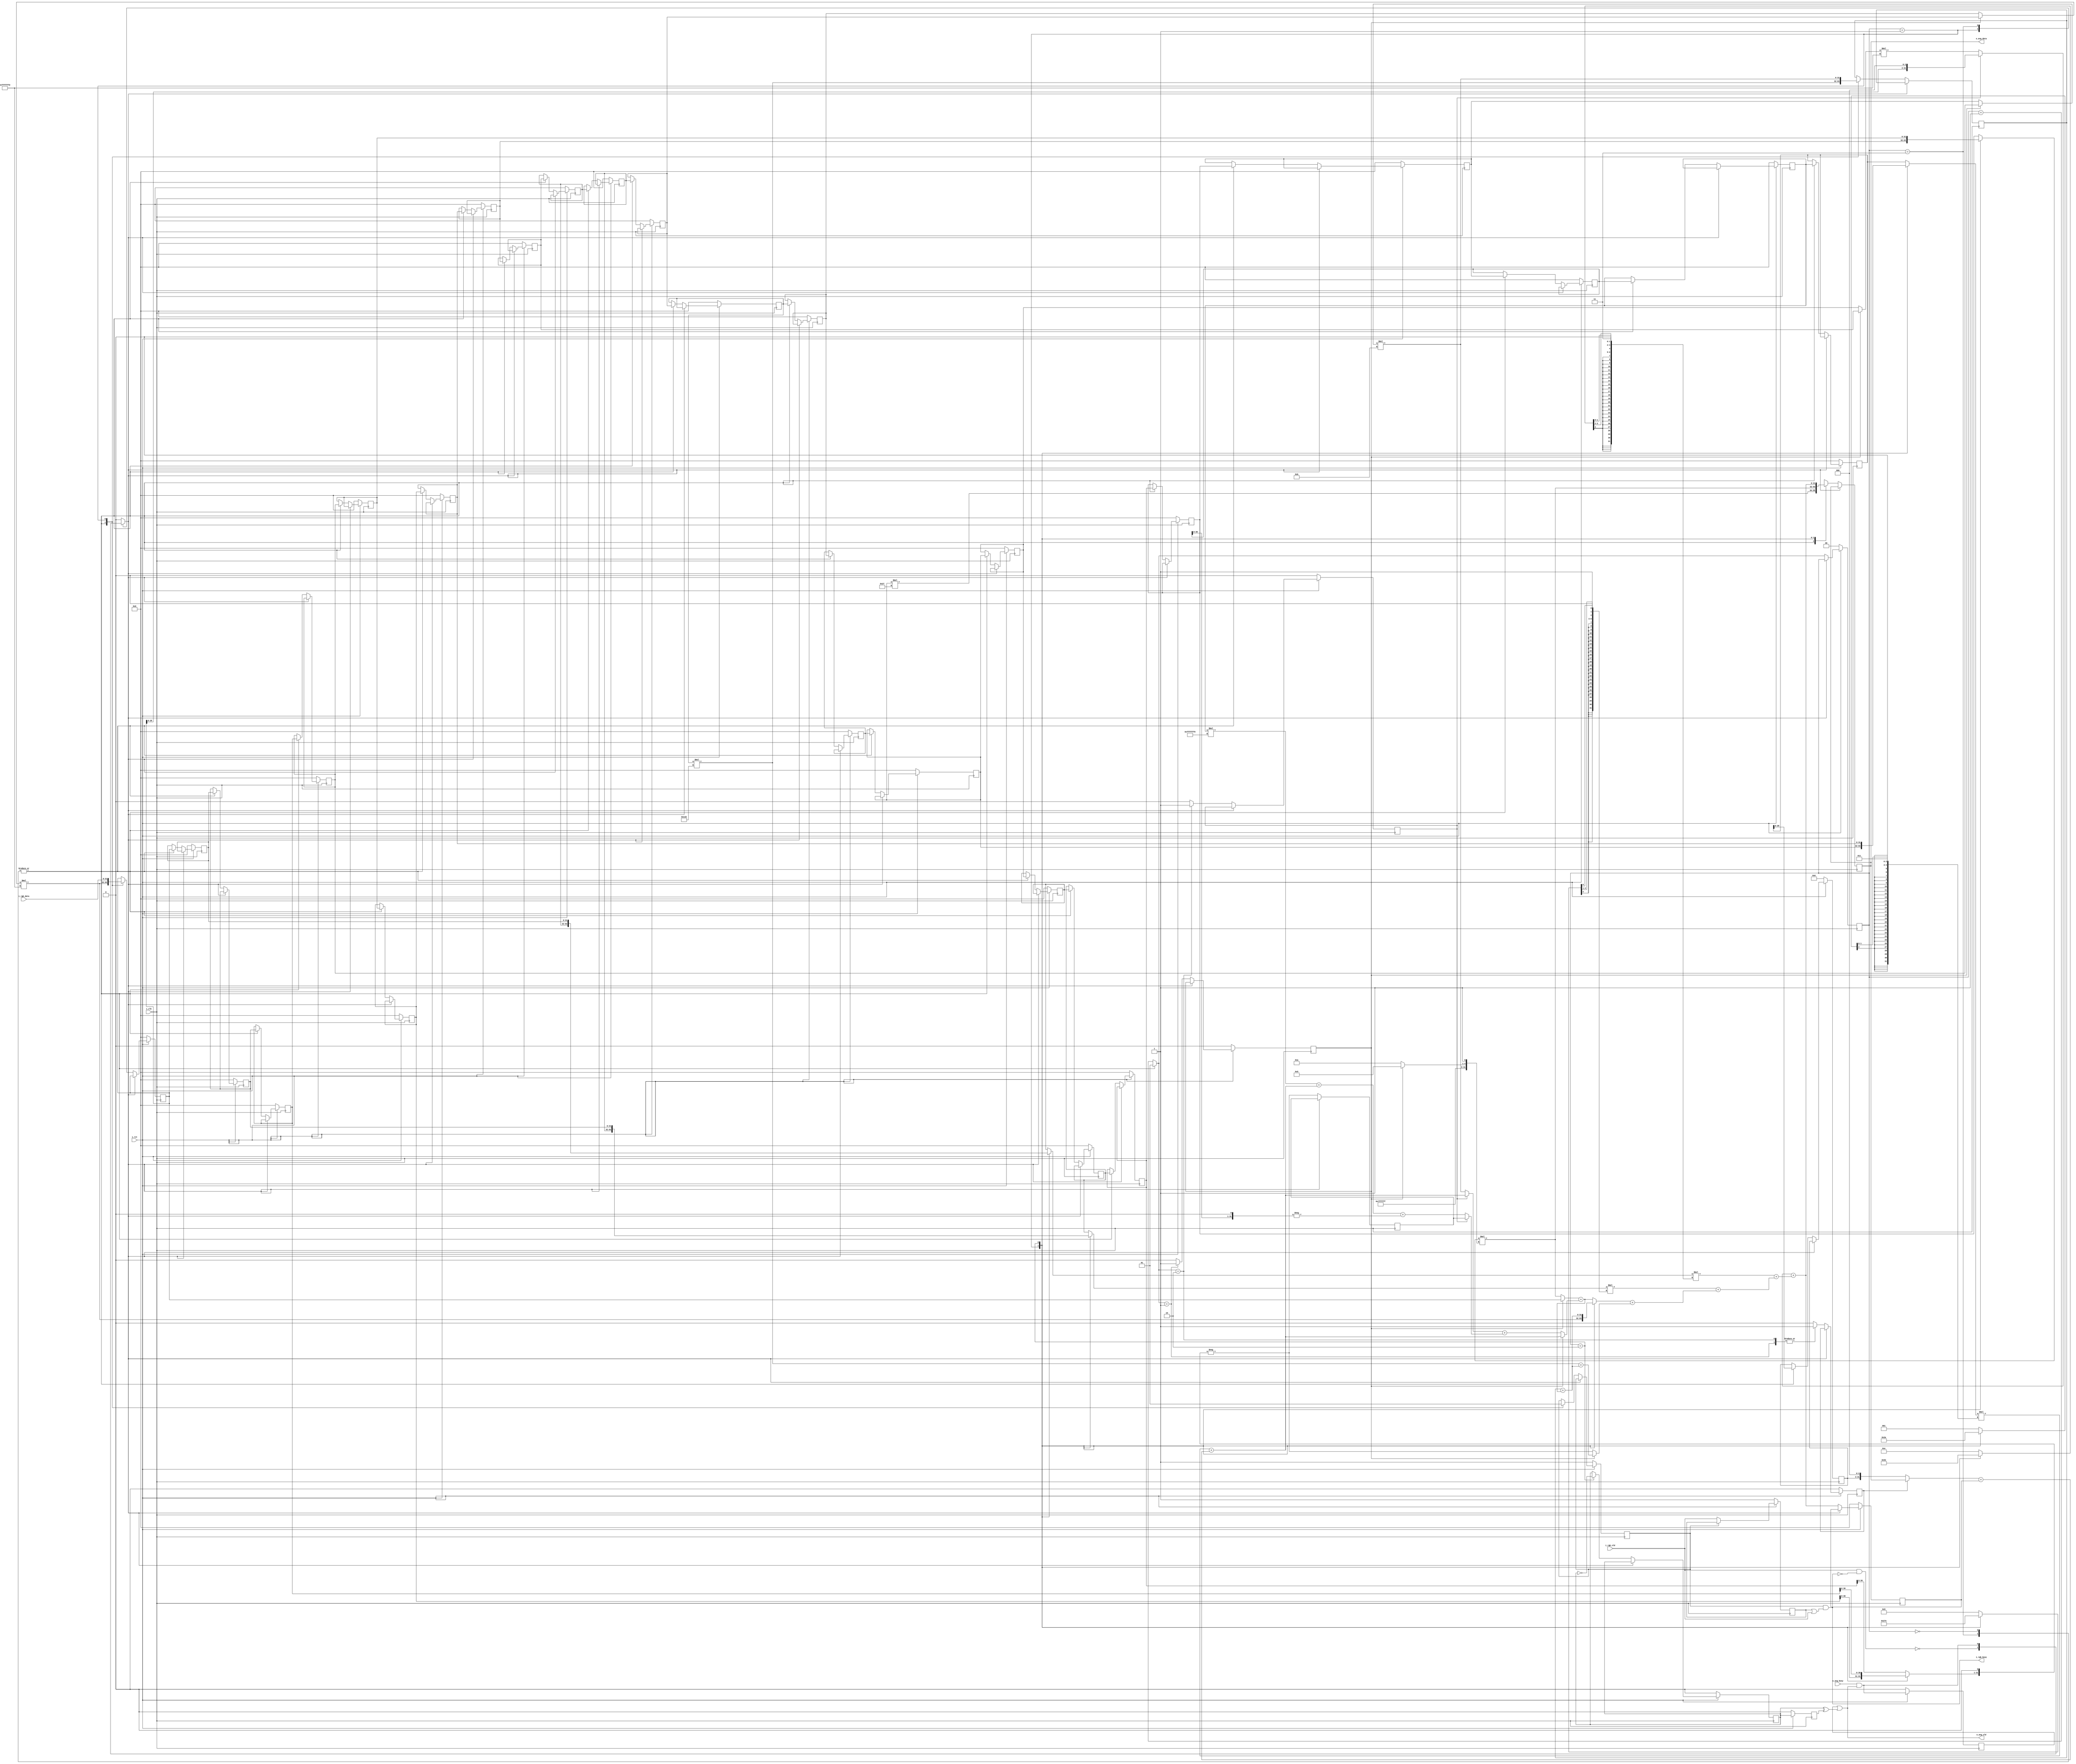
// Generated by stratus_hls 21.20-p100  (96289.240513)
// Tue May 30 22:05:15 2023
// from ../SobelFilter.cpp

`timescale 1ps / 1ps


module SobelFilter( i_clk, i_rst, i_rgb_busy, i_rgb_vld, i_rgb_data, o_avg_busy, o_avg_vld, o_avg_data );

    input i_clk;
    input i_rst;
    input i_rgb_vld;
    input [31:0] i_rgb_data;
    input o_avg_busy;
    output i_rgb_busy;
    output o_avg_vld;
    output [31:0] o_avg_data;
    reg [31:0] o_avg_data;
    reg o_avg_m_req_m_prev_trig_req;
    reg o_avg_m_unacked_req;
    wire SobelFilter_Xor_1Ux1U_1U_1_1_out1;
    wire SobelFilter_Or_1Ux1U_1U_4_2_out1;
    reg SobelFilter_N_Muxb_1_2_0_4_4_out1;
    reg i_rgb_m_unvalidated_req;
    wire SobelFilter_gen_busy_r_4_62_gnew_req;
    wire SobelFilter_gen_busy_r_4_62_gdiv;
    wire SobelFilter_gen_busy_r_4_62_i_rgb_gen_busy_i_rgb_m_data_is_invalid_next;
    reg[1:0] global_state_next;
    /*signed*/reg[31:0] SobelFilter_Mul_32Sx3S_32S_4_26_in2;
    reg[31:0] SobelFilter_Add_32Ux32U_32U_1_24_in2;
    /*signed*/wire[31:0] SobelFilter_Mul_32Sx3S_32S_4_23_out1;
    /*signed*/reg[31:0] SobelFilter_Mul_32Sx3S_32S_4_23_in2;
    wire[31:0] SobelFilter_Add_32Ux32U_32U_1_22_out1;
    /*signed*/wire[31:0] SobelFilter_Mul_32Sx7S_32S_4_21_out1;
    /*signed*/reg[3:0] SobelFilter_Mul_32Sx7S_32S_4_21_in1_slice;
    /*signed*/reg[31:0] SobelFilter_Mul_32Sx7S_32S_4_21_in2;
    wire[31:0] SobelFilter_Add_32Ux32U_32U_1_20_out1;
    /*signed*/wire[31:0] SobelFilter_Mul_32Sx7S_32S_4_19_out1;
    /*signed*/reg[4:0] SobelFilter_Mul_32Sx7S_32S_4_19_in1_slice;
    /*signed*/reg[31:0] SobelFilter_Mul_32Sx7S_32S_4_19_in2;
    wire[31:0] SobelFilter_Add_32Ux32U_32U_4_18_out1;
    reg[31:0] SobelFilter_Add_32Ux32U_32U_4_18_in1;
    wire[31:0] SobelFilter_Add_32Ux32U_32U_4_34_out1;
    reg[31:0] SobelFilter_Add_32Ux32U_32U_4_18_in2;
    wire[31:0] SobelFilter_Add_32Ux32U_32U_4_32_out1;
    wire[31:0] SobelFilter_Add_32Ux32U_32U_4_31_out1;
    reg[31:0] SobelFilter_Add_32Ux32U_32U_4_31_in1;
    reg[31:0] SobelFilter_Add_32Ux32U_32U_4_31_in2;
    /*signed*/reg[30:0] SobelFilter_Minus_32S_32S_4_16_in1_slice;
    /*signed*/reg[3:0] SobelFilter_Mul_32Sx6S_32S_4_15_in1_slice;
    /*signed*/reg[31:0] SobelFilter_Mul_32Sx6S_32S_4_15_in2;
    wire[31:0] SobelFilter_Add_32Ux32U_32U_4_14_out1;
    reg[31:0] SobelFilter_Add_32Ux32U_32U_4_14_in1;
    reg[31:0] SobelFilter_Add_32Ux32U_32U_4_14_in2;
    reg gs_ctrl_do_filter_h4;
    /*signed*/reg[31:0] SobelFilter_Mul_32Sx4U_32S_4_13_in2;
    reg gs_ctrl_do_filter_h2;
    wire[31:0] SobelFilter_Add_32Ux32U_32U_4_12_out1;
    wire[31:0] SobelFilter_Add_32Ux32U_32U_4_11_out1;
    /*signed*/wire[31:0] SobelFilter_Minus_32S_32S_4_10_out1;
    /*signed*/wire[31:0] SobelFilter_Minus_32S_32S_4_10_in1;
    /*signed*/wire[31:0] SobelFilter_Mul_32Sx4S_32S_4_9_out1;
    wire[31:0] SobelFilter_Add_32Ux32U_32U_4_8_out1;
    /*signed*/wire[31:0] SobelFilter_Mul_32Sx7S_32S_4_7_out1;
    /*signed*/reg[2:0] SobelFilter_Mul_32Sx7S_32S_4_7_in1_slice;
    /*signed*/reg[31:0] SobelFilter_Mul_32Sx7S_32S_4_7_in2;
    wire[31:0] SobelFilter_Add_32Ux32U_32U_4_6_out1;
    reg[31:0] SobelFilter_Add_32Ux32U_32U_4_6_in2;
    reg gs_ctrl_do_filter_h6;
    reg[31:0] s_reg_9;
    reg[31:0] s_reg_8;
    /*signed*/wire[31:0] SobelFilter_Minus_32S_32S_4_16_out1;
    reg[31:0] s_reg_66;
    reg[28:0] s_reg_6_slice;
    reg[31:0] s_reg_7;
    reg[31:0] s_reg_5;
    /*signed*/wire[31:0] SobelFilter_Mul_32Sx4U_32S_4_13_out1;
    /*signed*/wire[31:0] SobelFilter_Mul_32Sx9U_32S_4_27_out1;
    reg[31:0] s_reg_49;
    reg[31:0] s_reg_4;
    /*signed*/wire[31:0] SobelFilter_Mul_32Sx3S_32S_4_26_out1;
    reg[31:0] s_reg_31;
    reg[31:0] s_reg_30;
    reg[31:0] s_reg_29;
    reg[31:0] s_reg_28;
    reg[31:0] s_reg_27;
    reg[31:0] s_reg_26;
    reg[31:0] s_reg_25;
    reg[31:0] s_reg_24;
    reg[31:0] s_reg_23;
    reg[31:0] s_reg_22;
    reg[31:0] s_reg_21;
    reg[31:0] s_reg_20;
    reg[31:0] s_reg_19;
    reg[31:0] s_reg_18;
    reg[31:0] s_reg_17;
    reg[31:0] s_reg_16;
    reg[31:0] s_reg_15;
    reg[31:0] s_reg_14;
    reg[31:0] s_reg_13;
    reg[31:0] s_reg_12;
    reg[31:0] s_reg_11;
    reg[31:0] s_reg_10;
    wire SobelFilter_And_1Ux1U_1U_4_60_out1;
    wire[2:0] SobelFilter_gen_busy_r_4_62_out1;
    wire SobelFilter_Not_1U_1U_1_3_out1;
    reg o_avg_m_req_m_trig_req;
    reg i_rgb_m_busy_req_0;
    wire[31:0] SobelFilter_Add_32Ux32U_32U_1_24_out1;
    /*signed*/wire[31:0] SobelFilter_Mul_32Sx6S_32S_4_15_out1;
    /*signed*/wire[31:0] SobelFilter_Mul_32Sx6U_32S_4_25_out1;
    reg[1:0] global_state;
    reg stall0;

    
    // resource: mux_32bx3i0c
    // resource: regr_en_32
    always @(posedge i_clk)
      begin : drive_o_avg_data
        case (stall0) 
          1'b1: 
            begin
            end
          default: 
            begin
              case (global_state) 
                2'd0, 2'd3: 
                  begin
                    o_avg_data <= SobelFilter_Mul_32Sx6U_32S_4_25_out1;
                  end
                2'd1: 
                  begin
                    o_avg_data <= SobelFilter_Mul_32Sx6S_32S_4_15_out1;
                  end
                2'd2: 
                  begin
                    o_avg_data <= SobelFilter_Add_32Ux32U_32U_1_24_out1;
                  end
              endcase
            end
        endcase
      end
    
    // resource: mux_1bx2i2c
    // resource: regr_en_ss_1
    always @(posedge i_clk)
      begin : drive_i_rgb_m_busy_req_0
        if (i_rst == 1'b0) 
          begin
            i_rgb_m_busy_req_0 <= 1'd1;
          end 
        else 
          begin
            case (stall0) 
              1'b1: 
                begin
                end
              default: 
                begin
                  case (global_state) 
                    2'd0, 2'd3: 
                      begin
                        i_rgb_m_busy_req_0 <= 1'd0;
                      end
                    2'd1: 
                      begin
                        i_rgb_m_busy_req_0 <= 1'd1;
                      end
                  endcase
                end
            endcase
          end
      end
    
    // resource: regr_en_sc_1
    always @(posedge i_clk)
      begin : drive_o_avg_m_req_m_trig_req
        if (i_rst == 1'b0) 
          begin
            o_avg_m_req_m_trig_req <= 1'd0;
          end 
        else 
          begin
            case (stall0) 
              1'b1: 
                begin
                end
              default: 
                begin
                  case (global_state) 
                    2'd2: 
                      begin
                        o_avg_m_req_m_trig_req <= SobelFilter_Not_1U_1U_1_3_out1;
                      end
                  endcase
                end
            endcase
          end
      end
    
    // resource: mux_1bx3i1c
    always @(SobelFilter_And_1Ux1U_1U_4_60_out1 or SobelFilter_gen_busy_r_4_62_out1[0] or global_state)
      begin : drive_stall0
        case (global_state) 
          2'd1: 
            begin
              stall0 = SobelFilter_gen_busy_r_4_62_out1[0];
            end
          2'd3: 
            begin
              stall0 = SobelFilter_And_1Ux1U_1U_4_60_out1;
            end
          default: 
            begin
              stall0 = 1'b0;
            end
        endcase
      end
    
    // resource: regr_en_sc_32
    always @(posedge i_clk)
      begin : drive_s_reg_10
        if (i_rst == 1'b0) 
          begin
            s_reg_10 <= 32'd0000000000;
          end 
        else 
          begin
            case (stall0) 
              1'b1: 
                begin
                end
              default: 
                begin
                  case (global_state) 
                    2'd0, 2'd3: 
                      begin
                        s_reg_10 <= s_reg_11;
                      end
                  endcase
                end
            endcase
          end
      end
    
    // resource: regr_en_sc_32
    always @(posedge i_clk)
      begin : drive_s_reg_11
        if (i_rst == 1'b0) 
          begin
            s_reg_11 <= 32'd0000000000;
          end 
        else 
          begin
            case (stall0) 
              1'b1: 
                begin
                end
              default: 
                begin
                  case (global_state) 
                    2'd0, 2'd3: 
                      begin
                        s_reg_11 <= s_reg_12;
                      end
                  endcase
                end
            endcase
          end
      end
    
    // resource: regr_en_sc_32
    always @(posedge i_clk)
      begin : drive_s_reg_12
        if (i_rst == 1'b0) 
          begin
            s_reg_12 <= 32'd0000000000;
          end 
        else 
          begin
            case (stall0) 
              1'b1: 
                begin
                end
              default: 
                begin
                  case (global_state) 
                    2'd0, 2'd3: 
                      begin
                        s_reg_12 <= s_reg_13;
                      end
                  endcase
                end
            endcase
          end
      end
    
    // resource: regr_en_sc_32
    always @(posedge i_clk)
      begin : drive_s_reg_13
        if (i_rst == 1'b0) 
          begin
            s_reg_13 <= 32'd0000000000;
          end 
        else 
          begin
            case (stall0) 
              1'b1: 
                begin
                end
              default: 
                begin
                  case (global_state) 
                    2'd0, 2'd3: 
                      begin
                        s_reg_13 <= s_reg_14;
                      end
                  endcase
                end
            endcase
          end
      end
    
    // resource: regr_en_sc_32
    always @(posedge i_clk)
      begin : drive_s_reg_14
        if (i_rst == 1'b0) 
          begin
            s_reg_14 <= 32'd0000000000;
          end 
        else 
          begin
            case (stall0) 
              1'b1: 
                begin
                end
              default: 
                begin
                  case (global_state) 
                    2'd0, 2'd3: 
                      begin
                        s_reg_14 <= s_reg_15;
                      end
                  endcase
                end
            endcase
          end
      end
    
    // resource: regr_en_sc_32
    always @(posedge i_clk)
      begin : drive_s_reg_15
        if (i_rst == 1'b0) 
          begin
            s_reg_15 <= 32'd0000000000;
          end 
        else 
          begin
            case (stall0) 
              1'b1: 
                begin
                end
              default: 
                begin
                  case (global_state) 
                    2'd0, 2'd3: 
                      begin
                        s_reg_15 <= s_reg_16;
                      end
                  endcase
                end
            endcase
          end
      end
    
    // resource: regr_en_sc_32
    always @(posedge i_clk)
      begin : drive_s_reg_16
        if (i_rst == 1'b0) 
          begin
            s_reg_16 <= 32'd0000000000;
          end 
        else 
          begin
            case (stall0) 
              1'b1: 
                begin
                end
              default: 
                begin
                  case (global_state) 
                    2'd0, 2'd3: 
                      begin
                        s_reg_16 <= s_reg_17;
                      end
                  endcase
                end
            endcase
          end
      end
    
    // resource: regr_en_sc_32
    always @(posedge i_clk)
      begin : drive_s_reg_17
        if (i_rst == 1'b0) 
          begin
            s_reg_17 <= 32'd0000000000;
          end 
        else 
          begin
            case (stall0) 
              1'b1: 
                begin
                end
              default: 
                begin
                  case (global_state) 
                    2'd0, 2'd3: 
                      begin
                        s_reg_17 <= s_reg_18;
                      end
                  endcase
                end
            endcase
          end
      end
    
    // resource: regr_en_sc_32
    always @(posedge i_clk)
      begin : drive_s_reg_18
        if (i_rst == 1'b0) 
          begin
            s_reg_18 <= 32'd0000000000;
          end 
        else 
          begin
            case (stall0) 
              1'b1: 
                begin
                end
              default: 
                begin
                  case (global_state) 
                    2'd0, 2'd3: 
                      begin
                        s_reg_18 <= s_reg_19;
                      end
                  endcase
                end
            endcase
          end
      end
    
    // resource: regr_en_sc_32
    always @(posedge i_clk)
      begin : drive_s_reg_19
        if (i_rst == 1'b0) 
          begin
            s_reg_19 <= 32'd0000000000;
          end 
        else 
          begin
            case (stall0) 
              1'b1: 
                begin
                end
              default: 
                begin
                  case (global_state) 
                    2'd0, 2'd3: 
                      begin
                        s_reg_19 <= s_reg_20;
                      end
                  endcase
                end
            endcase
          end
      end
    
    // resource: regr_en_sc_32
    always @(posedge i_clk)
      begin : drive_s_reg_20
        if (i_rst == 1'b0) 
          begin
            s_reg_20 <= 32'd0000000000;
          end 
        else 
          begin
            case (stall0) 
              1'b1: 
                begin
                end
              default: 
                begin
                  case (global_state) 
                    2'd0, 2'd3: 
                      begin
                        s_reg_20 <= s_reg_21;
                      end
                  endcase
                end
            endcase
          end
      end
    
    // resource: regr_en_sc_32
    always @(posedge i_clk)
      begin : drive_s_reg_21
        if (i_rst == 1'b0) 
          begin
            s_reg_21 <= 32'd0000000000;
          end 
        else 
          begin
            case (stall0) 
              1'b1: 
                begin
                end
              default: 
                begin
                  case (global_state) 
                    2'd0, 2'd3: 
                      begin
                        s_reg_21 <= s_reg_22;
                      end
                  endcase
                end
            endcase
          end
      end
    
    // resource: regr_en_sc_32
    always @(posedge i_clk)
      begin : drive_s_reg_22
        if (i_rst == 1'b0) 
          begin
            s_reg_22 <= 32'd0000000000;
          end 
        else 
          begin
            case (stall0) 
              1'b1: 
                begin
                end
              default: 
                begin
                  case (global_state) 
                    2'd0, 2'd3: 
                      begin
                        s_reg_22 <= s_reg_23;
                      end
                  endcase
                end
            endcase
          end
      end
    
    // resource: regr_en_sc_32
    always @(posedge i_clk)
      begin : drive_s_reg_23
        if (i_rst == 1'b0) 
          begin
            s_reg_23 <= 32'd0000000000;
          end 
        else 
          begin
            case (stall0) 
              1'b1: 
                begin
                end
              default: 
                begin
                  case (global_state) 
                    2'd0, 2'd3: 
                      begin
                        s_reg_23 <= s_reg_24;
                      end
                  endcase
                end
            endcase
          end
      end
    
    // resource: regr_en_sc_32
    always @(posedge i_clk)
      begin : drive_s_reg_24
        if (i_rst == 1'b0) 
          begin
            s_reg_24 <= 32'd0000000000;
          end 
        else 
          begin
            case (stall0) 
              1'b1: 
                begin
                end
              default: 
                begin
                  case (global_state) 
                    2'd0, 2'd3: 
                      begin
                        s_reg_24 <= s_reg_25;
                      end
                  endcase
                end
            endcase
          end
      end
    
    // resource: regr_en_sc_32
    always @(posedge i_clk)
      begin : drive_s_reg_25
        if (i_rst == 1'b0) 
          begin
            s_reg_25 <= 32'd0000000000;
          end 
        else 
          begin
            case (stall0) 
              1'b1: 
                begin
                end
              default: 
                begin
                  case (global_state) 
                    2'd0, 2'd3: 
                      begin
                        s_reg_25 <= s_reg_26;
                      end
                  endcase
                end
            endcase
          end
      end
    
    // resource: regr_en_sc_32
    always @(posedge i_clk)
      begin : drive_s_reg_26
        if (i_rst == 1'b0) 
          begin
            s_reg_26 <= 32'd0000000000;
          end 
        else 
          begin
            case (stall0) 
              1'b1: 
                begin
                end
              default: 
                begin
                  case (global_state) 
                    2'd0, 2'd3: 
                      begin
                        s_reg_26 <= s_reg_27;
                      end
                  endcase
                end
            endcase
          end
      end
    
    // resource: regr_en_sc_32
    always @(posedge i_clk)
      begin : drive_s_reg_27
        if (i_rst == 1'b0) 
          begin
            s_reg_27 <= 32'd0000000000;
          end 
        else 
          begin
            case (stall0) 
              1'b1: 
                begin
                end
              default: 
                begin
                  case (global_state) 
                    2'd0, 2'd3: 
                      begin
                        s_reg_27 <= s_reg_28;
                      end
                  endcase
                end
            endcase
          end
      end
    
    // resource: regr_en_sc_32
    always @(posedge i_clk)
      begin : drive_s_reg_28
        if (i_rst == 1'b0) 
          begin
            s_reg_28 <= 32'd0000000000;
          end 
        else 
          begin
            case (stall0) 
              1'b1: 
                begin
                end
              default: 
                begin
                  case (global_state) 
                    2'd0, 2'd3: 
                      begin
                        s_reg_28 <= s_reg_29;
                      end
                  endcase
                end
            endcase
          end
      end
    
    // resource: regr_en_sc_32
    always @(posedge i_clk)
      begin : drive_s_reg_29
        if (i_rst == 1'b0) 
          begin
            s_reg_29 <= 32'd0000000000;
          end 
        else 
          begin
            case (stall0) 
              1'b1: 
                begin
                end
              default: 
                begin
                  case (global_state) 
                    2'd0, 2'd3: 
                      begin
                        s_reg_29 <= s_reg_30;
                      end
                  endcase
                end
            endcase
          end
      end
    
    // resource: regr_en_sc_32
    always @(posedge i_clk)
      begin : drive_s_reg_30
        if (i_rst == 1'b0) 
          begin
            s_reg_30 <= 32'd0000000000;
          end 
        else 
          begin
            case (stall0) 
              1'b1: 
                begin
                end
              default: 
                begin
                  case (global_state) 
                    2'd0, 2'd3: 
                      begin
                        s_reg_30 <= s_reg_31;
                      end
                  endcase
                end
            endcase
          end
      end
    
    // resource: mux_32bx2i0c
    // resource: regr_en_sc_32
    always @(posedge i_clk)
      begin : drive_s_reg_31
        if (i_rst == 1'b0) 
          begin
            s_reg_31 <= 32'd0000000000;
          end 
        else 
          begin
            case (stall0) 
              1'b1: 
                begin
                end
              default: 
                begin
                  case (global_state) 
                    2'd0, 2'd3: 
                      begin
                        s_reg_31 <= SobelFilter_Mul_32Sx3S_32S_4_26_out1;
                      end
                    2'd1: 
                      begin
                        s_reg_31 <= i_rgb_data;
                      end
                  endcase
                end
            endcase
          end
      end
    
    // resource: regr_en_sc_32
    always @(posedge i_clk)
      begin : drive_s_reg_4
        if (i_rst == 1'b0) 
          begin
            s_reg_4 <= 32'd0000000000;
          end 
        else 
          begin
            case (stall0) 
              1'b1: 
                begin
                end
              default: 
                begin
                  s_reg_4 <= SobelFilter_Add_32Ux32U_32U_1_24_out1;
                end
            endcase
          end
      end
    
    // resource: mux_32bx2i0c
    // resource: regr_en_32
    always @(posedge i_clk)
      begin : drive_s_reg_49
        case (stall0) 
          1'b1: 
            begin
            end
          default: 
            begin
              case (global_state) 
                2'd0, 2'd3: 
                  begin
                    s_reg_49 <= SobelFilter_Mul_32Sx9U_32S_4_27_out1;
                  end
                2'd1: 
                  begin
                    s_reg_49 <= SobelFilter_Mul_32Sx4U_32S_4_13_out1;
                  end
              endcase
            end
        endcase
      end
    
    // resource: regr_en_sc_32
    always @(posedge i_clk)
      begin : drive_s_reg_5
        if (i_rst == 1'b0) 
          begin
            s_reg_5 <= 32'd0000000000;
          end 
        else 
          begin
            case (stall0) 
              1'b1: 
                begin
                end
              default: 
                begin
                  case (global_state) 
                    2'd0, 2'd3: 
                      begin
                        s_reg_5 <= s_reg_7;
                      end
                  endcase
                end
            endcase
          end
      end
    
    // resource: regr_en_sc_29
    always @(posedge i_clk)
      begin : drive_s_reg_6_slice
        if (i_rst == 1'b0) 
          begin
            s_reg_6_slice <= 29'd000000000;
          end 
        else 
          begin
            case (stall0) 
              1'b1: 
                begin
                end
              default: 
                begin
                  case (global_state) 
                    2'd0, 2'd3: 
                      begin
                        s_reg_6_slice <= s_reg_5[28:0];
                      end
                  endcase
                end
            endcase
          end
      end
    
    // resource: regr_en_32
    always @(posedge i_clk)
      begin : drive_s_reg_66
        case (stall0) 
          1'b1: 
            begin
            end
          default: 
            begin
              s_reg_66 <= SobelFilter_Minus_32S_32S_4_16_out1;
            end
        endcase
      end
    
    // resource: regr_en_sc_32
    always @(posedge i_clk)
      begin : drive_s_reg_7
        if (i_rst == 1'b0) 
          begin
            s_reg_7 <= 32'd0000000000;
          end 
        else 
          begin
            case (stall0) 
              1'b1: 
                begin
                end
              default: 
                begin
                  case (global_state) 
                    2'd0, 2'd3: 
                      begin
                        s_reg_7 <= s_reg_8;
                      end
                  endcase
                end
            endcase
          end
      end
    
    // resource: regr_en_sc_32
    always @(posedge i_clk)
      begin : drive_s_reg_8
        if (i_rst == 1'b0) 
          begin
            s_reg_8 <= 32'd0000000000;
          end 
        else 
          begin
            case (stall0) 
              1'b1: 
                begin
                end
              default: 
                begin
                  case (global_state) 
                    2'd0, 2'd3: 
                      begin
                        s_reg_8 <= s_reg_9;
                      end
                  endcase
                end
            endcase
          end
      end
    
    // resource: regr_en_sc_32
    always @(posedge i_clk)
      begin : drive_s_reg_9
        if (i_rst == 1'b0) 
          begin
            s_reg_9 <= 32'd0000000000;
          end 
        else 
          begin
            case (stall0) 
              1'b1: 
                begin
                end
              default: 
                begin
                  case (global_state) 
                    2'd0, 2'd3: 
                      begin
                        s_reg_9 <= s_reg_10;
                      end
                  endcase
                end
            endcase
          end
      end
    
    // resource: mux_32bx2i0c
    always @(o_avg_data or gs_ctrl_do_filter_h6 or s_reg_6_slice)
      begin : drive_SobelFilter_Add_32Ux32U_32U_4_6_in2
        if (gs_ctrl_do_filter_h6) 
          begin
            SobelFilter_Add_32Ux32U_32U_4_6_in2 = o_avg_data;
          end 
        else 
          begin
            SobelFilter_Add_32Ux32U_32U_4_6_in2 = {s_reg_6_slice, 3'd0};
          end
      end
    
    // resource: SobelFilter_Add_32Ux32U_32U_4  instance: SobelFilter_Add_32Ux32U_32U_4_6
    assign SobelFilter_Add_32Ux32U_32U_4_6_out1 = SobelFilter_Add_32Ux32U_32U_4_6_in2 + s_reg_4;
    
    // resource: mux_32bx3i0c
    always @(s_reg_15 or s_reg_24 or s_reg_5 or global_state)
      begin : drive_SobelFilter_Mul_32Sx7S_32S_4_7_in2
        case (global_state) 
          2'd1: 
            begin
              SobelFilter_Mul_32Sx7S_32S_4_7_in2 = s_reg_15;
            end
          2'd2: 
            begin
              SobelFilter_Mul_32Sx7S_32S_4_7_in2 = s_reg_24;
            end
          default: 
            begin
              SobelFilter_Mul_32Sx7S_32S_4_7_in2 = s_reg_5;
            end
        endcase
      end
    
    // resource: mux_3bx3i3c
    always @(global_state)
      begin : drive_SobelFilter_Mul_32Sx7S_32S_4_7_in1_slice
        case (global_state) 
          2'd1: 
            begin
              SobelFilter_Mul_32Sx7S_32S_4_7_in1_slice = 3'd5;
            end
          2'd2: 
            begin
              SobelFilter_Mul_32Sx7S_32S_4_7_in1_slice = 3'd2;
            end
          default: 
            begin
              SobelFilter_Mul_32Sx7S_32S_4_7_in1_slice = 3'd1;
            end
        endcase
      end
    
    // resource: SobelFilter_Mul_32Sx7S_32S_4  instance: SobelFilter_Mul_32Sx7S_32S_4_7
    assign SobelFilter_Mul_32Sx7S_32S_4_7_out1 = SobelFilter_Mul_32Sx7S_32S_4_7_in2 * {{{ 25 {SobelFilter_Mul_32Sx7S_32S_4_7_in1_slice[2]}}, SobelFilter_Mul_32Sx7S_32S_4_7_in1_slice[2]}, {1'b0, {SobelFilter_Mul_32Sx7S_32S_4_7_in1_slice[1:0], 3'd3}}};
    
    // resource: SobelFilter_Add_32Ux32U_32U_4  instance: SobelFilter_Add_32Ux32U_32U_4_8
    assign SobelFilter_Add_32Ux32U_32U_4_8_out1 = SobelFilter_Mul_32Sx7S_32S_4_7_out1 + SobelFilter_Add_32Ux32U_32U_4_6_out1;
    
    // resource: SobelFilter_Mul_32Sx4S_32S_4  instance: SobelFilter_Mul_32Sx4S_32S_4_9
    assign SobelFilter_Mul_32Sx4S_32S_4_9_out1 = s_reg_7 * 32'd4294967289;
    
    // instance: drive_SobelFilter_Minus_32S_32S_4_10_in1
    assign SobelFilter_Minus_32S_32S_4_10_in1 = {s_reg_8[30:0], 1'b0};
    
    // resource: SobelFilter_Minus_32S_32S_4  instance: SobelFilter_Minus_32S_32S_4_10
    assign SobelFilter_Minus_32S_32S_4_10_out1 = -SobelFilter_Minus_32S_32S_4_10_in1;
    
    // resource: SobelFilter_Add_32Ux32U_32U_4  instance: SobelFilter_Add_32Ux32U_32U_4_11
    assign SobelFilter_Add_32Ux32U_32U_4_11_out1 = SobelFilter_Mul_32Sx4S_32S_4_9_out1 + SobelFilter_Add_32Ux32U_32U_4_8_out1;
    
    // resource: SobelFilter_Add_32Ux32U_32U_4  instance: SobelFilter_Add_32Ux32U_32U_4_12
    assign SobelFilter_Add_32Ux32U_32U_4_12_out1 = SobelFilter_Add_32Ux32U_32U_4_11_out1 + SobelFilter_Minus_32S_32S_4_10_out1;
    
    // resource: mux_32bx2i0c
    always @(s_reg_27 or s_reg_9 or gs_ctrl_do_filter_h2)
      begin : drive_SobelFilter_Mul_32Sx4U_32S_4_13_in2
        if (gs_ctrl_do_filter_h2) 
          begin
            SobelFilter_Mul_32Sx4U_32S_4_13_in2 = s_reg_27;
          end 
        else 
          begin
            SobelFilter_Mul_32Sx4U_32S_4_13_in2 = s_reg_9;
          end
      end
    
    // resource: SobelFilter_Mul_32Sx4U_32S_4  instance: SobelFilter_Mul_32Sx4U_32S_4_13
    assign SobelFilter_Mul_32Sx4U_32S_4_13_out1 = SobelFilter_Mul_32Sx4U_32S_4_13_in2 * 32'd0000000011;
    
    // resource: mux_32bx2i0c
    always @(SobelFilter_Add_32Ux32U_32U_4_8_out1 or SobelFilter_Mul_32Sx4U_32S_4_13_out1 or gs_ctrl_do_filter_h4)
      begin : drive_SobelFilter_Add_32Ux32U_32U_4_14_in2
        if (gs_ctrl_do_filter_h4) 
          begin
            SobelFilter_Add_32Ux32U_32U_4_14_in2 = SobelFilter_Add_32Ux32U_32U_4_8_out1;
          end 
        else 
          begin
            SobelFilter_Add_32Ux32U_32U_4_14_in2 = SobelFilter_Mul_32Sx4U_32S_4_13_out1;
          end
      end
    
    // resource: mux_32bx2i0c
    always @(s_reg_66 or SobelFilter_Add_32Ux32U_32U_4_12_out1 or gs_ctrl_do_filter_h4)
      begin : drive_SobelFilter_Add_32Ux32U_32U_4_14_in1
        if (gs_ctrl_do_filter_h4) 
          begin
            SobelFilter_Add_32Ux32U_32U_4_14_in1 = s_reg_66;
          end 
        else 
          begin
            SobelFilter_Add_32Ux32U_32U_4_14_in1 = SobelFilter_Add_32Ux32U_32U_4_12_out1;
          end
      end
    
    // resource: SobelFilter_Add_32Ux32U_32U_4  instance: SobelFilter_Add_32Ux32U_32U_4_14
    assign SobelFilter_Add_32Ux32U_32U_4_14_out1 = SobelFilter_Add_32Ux32U_32U_4_14_in2 + SobelFilter_Add_32Ux32U_32U_4_14_in1;
    
    // resource: mux_32bx3i0c
    always @(s_reg_10 or s_reg_23 or s_reg_26 or global_state)
      begin : drive_SobelFilter_Mul_32Sx6S_32S_4_15_in2
        case (global_state) 
          2'd1: 
            begin
              SobelFilter_Mul_32Sx6S_32S_4_15_in2 = s_reg_23;
            end
          2'd2: 
            begin
              SobelFilter_Mul_32Sx6S_32S_4_15_in2 = s_reg_26;
            end
          default: 
            begin
              SobelFilter_Mul_32Sx6S_32S_4_15_in2 = s_reg_10;
            end
        endcase
      end
    
    // resource: mux_4bx2i2c
    always @(gs_ctrl_do_filter_h2)
      begin : drive_SobelFilter_Mul_32Sx6S_32S_4_15_in1_slice
        if (gs_ctrl_do_filter_h2) 
          begin
            SobelFilter_Mul_32Sx6S_32S_4_15_in1_slice = 4'd05;
          end 
        else 
          begin
            SobelFilter_Mul_32Sx6S_32S_4_15_in1_slice = 4'd10;
          end
      end
    
    // resource: SobelFilter_Mul_32Sx6S_32S_4  instance: SobelFilter_Mul_32Sx6S_32S_4_15
    assign SobelFilter_Mul_32Sx6S_32S_4_15_out1 = SobelFilter_Mul_32Sx6S_32S_4_15_in2 * {27'd134217727, {SobelFilter_Mul_32Sx6S_32S_4_15_in1_slice, 1'b1}};
    
    // resource: mux_31bx3i0c
    always @(s_reg_11[30:0] or s_reg_25[30:0] or s_reg_28[30:0] or global_state)
      begin : drive_SobelFilter_Minus_32S_32S_4_16_in1_slice
        case (global_state) 
          2'd1: 
            begin
              SobelFilter_Minus_32S_32S_4_16_in1_slice = s_reg_25[30:0];
            end
          2'd2: 
            begin
              SobelFilter_Minus_32S_32S_4_16_in1_slice = s_reg_28[30:0];
            end
          default: 
            begin
              SobelFilter_Minus_32S_32S_4_16_in1_slice = s_reg_11[30:0];
            end
        endcase
      end
    
    // resource: SobelFilter_Minus_32S_32S_4  instance: SobelFilter_Minus_32S_32S_4_16
    assign SobelFilter_Minus_32S_32S_4_16_out1 = -{SobelFilter_Minus_32S_32S_4_16_in1_slice, 1'b0};
    
    // resource: mux_32bx2i0c
    always @(s_reg_31 or SobelFilter_Mul_32Sx6S_32S_4_15_out1 or gs_ctrl_do_filter_h2)
      begin : drive_SobelFilter_Add_32Ux32U_32U_4_31_in2
        if (gs_ctrl_do_filter_h2) 
          begin
            SobelFilter_Add_32Ux32U_32U_4_31_in2 = s_reg_31;
          end 
        else 
          begin
            SobelFilter_Add_32Ux32U_32U_4_31_in2 = SobelFilter_Mul_32Sx6S_32S_4_15_out1;
          end
      end
    
    // resource: mux_32bx2i0c
    always @(SobelFilter_Add_32Ux32U_32U_4_8_out1 or SobelFilter_Add_32Ux32U_32U_4_14_out1 or gs_ctrl_do_filter_h2)
      begin : drive_SobelFilter_Add_32Ux32U_32U_4_31_in1
        if (gs_ctrl_do_filter_h2) 
          begin
            SobelFilter_Add_32Ux32U_32U_4_31_in1 = SobelFilter_Add_32Ux32U_32U_4_8_out1;
          end 
        else 
          begin
            SobelFilter_Add_32Ux32U_32U_4_31_in1 = SobelFilter_Add_32Ux32U_32U_4_14_out1;
          end
      end
    
    // resource: SobelFilter_Add_32Ux32U_32U_4  instance: SobelFilter_Add_32Ux32U_32U_4_31
    assign SobelFilter_Add_32Ux32U_32U_4_31_out1 = SobelFilter_Add_32Ux32U_32U_4_31_in2 + SobelFilter_Add_32Ux32U_32U_4_31_in1;
    
    // resource: mux_32bx3i0c
    always @(SobelFilter_Add_32Ux32U_32U_4_31_out1 or SobelFilter_Mul_32Sx3S_32S_4_26_out1 or SobelFilter_Add_32Ux32U_32U_4_32_out1 or global_state)
      begin : drive_SobelFilter_Add_32Ux32U_32U_4_18_in2
        case (global_state) 
          2'd1: 
            begin
              SobelFilter_Add_32Ux32U_32U_4_18_in2 = SobelFilter_Mul_32Sx3S_32S_4_26_out1;
            end
          2'd2: 
            begin
              SobelFilter_Add_32Ux32U_32U_4_18_in2 = SobelFilter_Add_32Ux32U_32U_4_32_out1;
            end
          default: 
            begin
              SobelFilter_Add_32Ux32U_32U_4_18_in2 = SobelFilter_Add_32Ux32U_32U_4_31_out1;
            end
        endcase
      end
    
    // resource: mux_32bx2i0c
    always @(SobelFilter_Minus_32S_32S_4_16_out1 or SobelFilter_Add_32Ux32U_32U_4_34_out1 or gs_ctrl_do_filter_h2)
      begin : drive_SobelFilter_Add_32Ux32U_32U_4_18_in1
        if (gs_ctrl_do_filter_h2) 
          begin
            SobelFilter_Add_32Ux32U_32U_4_18_in1 = SobelFilter_Add_32Ux32U_32U_4_34_out1;
          end 
        else 
          begin
            SobelFilter_Add_32Ux32U_32U_4_18_in1 = SobelFilter_Minus_32S_32S_4_16_out1;
          end
      end
    
    // resource: SobelFilter_Add_32Ux32U_32U_4  instance: SobelFilter_Add_32Ux32U_32U_4_18
    assign SobelFilter_Add_32Ux32U_32U_4_18_out1 = SobelFilter_Add_32Ux32U_32U_4_18_in2 + SobelFilter_Add_32Ux32U_32U_4_18_in1;
    
    // resource: mux_32bx3i0c
    always @(s_reg_12 or s_reg_20 or s_reg_29 or global_state)
      begin : drive_SobelFilter_Mul_32Sx7S_32S_4_19_in2
        case (global_state) 
          2'd1: 
            begin
              SobelFilter_Mul_32Sx7S_32S_4_19_in2 = s_reg_20;
            end
          2'd2: 
            begin
              SobelFilter_Mul_32Sx7S_32S_4_19_in2 = s_reg_29;
            end
          default: 
            begin
              SobelFilter_Mul_32Sx7S_32S_4_19_in2 = s_reg_12;
            end
        endcase
      end
    
    // resource: mux_5bx3i3c
    always @(global_state)
      begin : drive_SobelFilter_Mul_32Sx7S_32S_4_19_in1_slice
        case (global_state) 
          2'd1: 
            begin
              SobelFilter_Mul_32Sx7S_32S_4_19_in1_slice = 5'd19;
            end
          2'd2: 
            begin
              SobelFilter_Mul_32Sx7S_32S_4_19_in1_slice = 5'd30;
            end
          default: 
            begin
              SobelFilter_Mul_32Sx7S_32S_4_19_in1_slice = 5'd05;
            end
        endcase
      end
    
    // resource: SobelFilter_Mul_32Sx7S_32S_4  instance: SobelFilter_Mul_32Sx7S_32S_4_19
    assign SobelFilter_Mul_32Sx7S_32S_4_19_out1 = SobelFilter_Mul_32Sx7S_32S_4_19_in2 * {{{ 25 {SobelFilter_Mul_32Sx7S_32S_4_19_in1_slice[4]}}, SobelFilter_Mul_32Sx7S_32S_4_19_in1_slice[4:1]}, {1'b0, {SobelFilter_Mul_32Sx7S_32S_4_19_in1_slice[0], 1'b1}}};
    
    // resource: SobelFilter_Add_32Ux32U_32U_1  instance: SobelFilter_Add_32Ux32U_32U_1_20
    assign SobelFilter_Add_32Ux32U_32U_1_20_out1 = SobelFilter_Mul_32Sx7S_32S_4_19_out1 + SobelFilter_Add_32Ux32U_32U_4_18_out1;
    
    // resource: mux_32bx3i0c
    always @(s_reg_13 or s_reg_21 or s_reg_30 or global_state)
      begin : drive_SobelFilter_Mul_32Sx7S_32S_4_21_in2
        case (global_state) 
          2'd1: 
            begin
              SobelFilter_Mul_32Sx7S_32S_4_21_in2 = s_reg_21;
            end
          2'd2: 
            begin
              SobelFilter_Mul_32Sx7S_32S_4_21_in2 = s_reg_30;
            end
          default: 
            begin
              SobelFilter_Mul_32Sx7S_32S_4_21_in2 = s_reg_13;
            end
        endcase
      end
    
    // resource: mux_4bx3i3c
    always @(global_state)
      begin : drive_SobelFilter_Mul_32Sx7S_32S_4_21_in1_slice
        case (global_state) 
          2'd1: 
            begin
              SobelFilter_Mul_32Sx7S_32S_4_21_in1_slice = 4'd05;
            end
          2'd2: 
            begin
              SobelFilter_Mul_32Sx7S_32S_4_21_in1_slice = 4'd02;
            end
          default: 
            begin
              SobelFilter_Mul_32Sx7S_32S_4_21_in1_slice = 4'd14;
            end
        endcase
      end
    
    // resource: SobelFilter_Mul_32Sx7S_32S_4  instance: SobelFilter_Mul_32Sx7S_32S_4_21
    assign SobelFilter_Mul_32Sx7S_32S_4_21_out1 = SobelFilter_Mul_32Sx7S_32S_4_21_in2 * {{{ 25 {SobelFilter_Mul_32Sx7S_32S_4_21_in1_slice[3]}}, SobelFilter_Mul_32Sx7S_32S_4_21_in1_slice[3:2]}, {1'b0, {SobelFilter_Mul_32Sx7S_32S_4_21_in1_slice[1:0], 2'd3}}};
    
    // resource: SobelFilter_Add_32Ux32U_32U_1  instance: SobelFilter_Add_32Ux32U_32U_1_22
    assign SobelFilter_Add_32Ux32U_32U_1_22_out1 = SobelFilter_Mul_32Sx7S_32S_4_21_out1 + SobelFilter_Add_32Ux32U_32U_1_20_out1;
    
    // resource: mux_32bx2i0c
    always @(s_reg_14 or s_reg_22 or gs_ctrl_do_filter_h2)
      begin : drive_SobelFilter_Mul_32Sx3S_32S_4_23_in2
        if (gs_ctrl_do_filter_h2) 
          begin
            SobelFilter_Mul_32Sx3S_32S_4_23_in2 = s_reg_22;
          end 
        else 
          begin
            SobelFilter_Mul_32Sx3S_32S_4_23_in2 = s_reg_14;
          end
      end
    
    // resource: SobelFilter_Mul_32Sx3S_32S_4  instance: SobelFilter_Mul_32Sx3S_32S_4_23
    assign SobelFilter_Mul_32Sx3S_32S_4_23_out1 = SobelFilter_Mul_32Sx3S_32S_4_23_in2 * 32'd4294967293;
    
    // resource: mux_32bx2i0c
    always @(s_reg_31[28:0] or SobelFilter_Mul_32Sx3S_32S_4_23_out1 or gs_ctrl_do_filter_h4)
      begin : drive_SobelFilter_Add_32Ux32U_32U_1_24_in2
        if (gs_ctrl_do_filter_h4) 
          begin
            SobelFilter_Add_32Ux32U_32U_1_24_in2 = {s_reg_31[28:0], 3'd0};
          end 
        else 
          begin
            SobelFilter_Add_32Ux32U_32U_1_24_in2 = SobelFilter_Mul_32Sx3S_32S_4_23_out1;
          end
      end
    
    // resource: SobelFilter_Add_32Ux32U_32U_1  instance: SobelFilter_Add_32Ux32U_32U_1_24
    assign SobelFilter_Add_32Ux32U_32U_1_24_out1 = SobelFilter_Add_32Ux32U_32U_1_24_in2 + SobelFilter_Add_32Ux32U_32U_1_22_out1;
    
    // resource: SobelFilter_Mul_32Sx6U_32S_4  instance: SobelFilter_Mul_32Sx6U_32S_4_25
    assign SobelFilter_Mul_32Sx6U_32S_4_25_out1 = s_reg_15 * 32'd0000000039;
    
    // resource: mux_32bx2i0c
    always @(s_reg_17 or s_reg_19 or gs_ctrl_do_filter_h2)
      begin : drive_SobelFilter_Mul_32Sx3S_32S_4_26_in2
        if (gs_ctrl_do_filter_h2) 
          begin
            SobelFilter_Mul_32Sx3S_32S_4_26_in2 = s_reg_19;
          end 
        else 
          begin
            SobelFilter_Mul_32Sx3S_32S_4_26_in2 = s_reg_17;
          end
      end
    
    // resource: SobelFilter_Mul_32Sx3S_32S_4  instance: SobelFilter_Mul_32Sx3S_32S_4_26
    assign SobelFilter_Mul_32Sx3S_32S_4_26_out1 = SobelFilter_Mul_32Sx3S_32S_4_26_in2 * 32'd4294967293;
    
    // resource: SobelFilter_Mul_32Sx9U_32S_4  instance: SobelFilter_Mul_32Sx9U_32S_4_27
    assign SobelFilter_Mul_32Sx9U_32S_4_27_out1 = s_reg_18 * 32'd0000000283;
    
    // resource: SobelFilter_Add_32Ux32U_32U_4  instance: SobelFilter_Add_32Ux32U_32U_4_32
    assign SobelFilter_Add_32Ux32U_32U_4_32_out1 = s_reg_49 + SobelFilter_Add_32Ux32U_32U_4_31_out1;
    
    // resource: SobelFilter_Add_32Ux32U_32U_4  instance: SobelFilter_Add_32Ux32U_32U_4_34
    assign SobelFilter_Add_32Ux32U_32U_4_34_out1 = SobelFilter_Mul_32Sx9U_32S_4_27_out1 + SobelFilter_Add_32Ux32U_32U_4_32_out1;
    
    // resource: regr_en_sc_2
    always @(posedge i_clk)
      begin : drive_global_state
        if (i_rst == 1'b0) 
          begin
            global_state <= 2'd0;
          end 
        else 
          begin
            case (stall0) 
              1'b1: 
                begin
                end
              default: 
                begin
                  global_state <= global_state_next;
                end
            endcase
          end
      end
    
    // resource: mux_2bx2i1c
    always @(global_state)
      begin : drive_global_state_next
        case (global_state) 
          2'd0, 2'd3: 
            begin
              global_state_next = 2'd1;
            end
          default: 
            begin
              global_state_next = global_state + 2'd1;
            end
        endcase
      end
    
    // resource: mux_1bx2i2c
    // resource: regr_en_sc_1
    always @(posedge i_clk)
      begin : drive_gs_ctrl_do_filter_h6
        if (i_rst == 1'b0) 
          begin
            gs_ctrl_do_filter_h6 <= 1'b0;
          end 
        else 
          begin
            case (stall0) 
              1'b1: 
                begin
                end
              default: 
                begin
                  case (global_state_next) 
                    2'd1, 2'd2: 
                      begin
                        gs_ctrl_do_filter_h6 <= 1'b1;
                      end
                    default: 
                      begin
                        gs_ctrl_do_filter_h6 <= 1'b0;
                      end
                  endcase
                end
            endcase
          end
      end
    
    // resource: mux_1bx2i2c
    // resource: regr_en_sc_1
    always @(posedge i_clk)
      begin : drive_gs_ctrl_do_filter_h2
        if (i_rst == 1'b0) 
          begin
            gs_ctrl_do_filter_h2 <= 1'b0;
          end 
        else 
          begin
            case (stall0) 
              1'b1: 
                begin
                end
              default: 
                begin
                  case (global_state_next) 
                    2'd1: 
                      begin
                        gs_ctrl_do_filter_h2 <= 1'b1;
                      end
                    default: 
                      begin
                        gs_ctrl_do_filter_h2 <= 1'b0;
                      end
                  endcase
                end
            endcase
          end
      end
    
    // resource: mux_1bx2i2c
    // resource: regr_en_sc_1
    always @(posedge i_clk)
      begin : drive_gs_ctrl_do_filter_h4
        if (i_rst == 1'b0) 
          begin
            gs_ctrl_do_filter_h4 <= 1'b0;
          end 
        else 
          begin
            case (stall0) 
              1'b1: 
                begin
                end
              default: 
                begin
                  case (global_state_next) 
                    2'd2: 
                      begin
                        gs_ctrl_do_filter_h4 <= 1'b1;
                      end
                    default: 
                      begin
                        gs_ctrl_do_filter_h4 <= 1'b0;
                      end
                  endcase
                end
            endcase
          end
      end
    
    // instance: drive_i_rgb_busy
    assign i_rgb_busy = SobelFilter_gen_busy_r_4_62_out1[2];
    
    // resource: SobelFilter_gen_busy_r_4  instance: SobelFilter_gen_busy_r_4_62 (4 concurrent statements)
      assign SobelFilter_gen_busy_r_4_62_out1 = {SobelFilter_gen_busy_r_4_62_gnew_req, {SobelFilter_gen_busy_r_4_62_gdiv, SobelFilter_gen_busy_r_4_62_i_rgb_gen_busy_i_rgb_m_data_is_invalid_next}};
      assign SobelFilter_gen_busy_r_4_62_i_rgb_gen_busy_i_rgb_m_data_is_invalid_next = ~SobelFilter_gen_busy_r_4_62_gdiv;
      assign SobelFilter_gen_busy_r_4_62_gdiv = i_rgb_vld & !SobelFilter_gen_busy_r_4_62_gnew_req;
      assign SobelFilter_gen_busy_r_4_62_gnew_req = i_rgb_m_busy_req_0 & (i_rgb_m_unvalidated_req | i_rgb_vld);
    // (end of SobelFilter_gen_busy_r_4_62)
    
    // resource: regr_ss_1
    always @(posedge i_clk)
      begin : drive_i_rgb_m_unvalidated_req
        if (i_rst == 1'b0) 
          begin
            i_rgb_m_unvalidated_req <= 1'd1;
          end 
        else 
          begin
            i_rgb_m_unvalidated_req <= SobelFilter_N_Muxb_1_2_0_4_4_out1;
          end
      end
    
    // resource: SobelFilter_N_Muxb_1_2_0_4
    always @(i_rgb_vld or i_rgb_m_busy_req_0 or i_rgb_m_unvalidated_req)
      begin : SobelFilter_N_Muxb_1_2_0_4_4
        if (i_rgb_m_busy_req_0) 
          begin
            SobelFilter_N_Muxb_1_2_0_4_4_out1 = i_rgb_m_unvalidated_req;
          end 
        else 
          begin
            SobelFilter_N_Muxb_1_2_0_4_4_out1 = i_rgb_vld;
          end
      end
    
    // instance: drive_o_avg_vld
    assign o_avg_vld = SobelFilter_Or_1Ux1U_1U_4_2_out1;
    
    // resource: SobelFilter_Or_1Ux1U_1U_4  instance: SobelFilter_Or_1Ux1U_1U_4_2
    assign SobelFilter_Or_1Ux1U_1U_4_2_out1 = o_avg_m_unacked_req | SobelFilter_Xor_1Ux1U_1U_1_1_out1;
    
    // resource: regr_sc_1
    always @(posedge i_clk)
      begin : drive_o_avg_m_unacked_req
        if (i_rst == 1'b0) 
          begin
            o_avg_m_unacked_req <= 1'd0;
          end 
        else 
          begin
            o_avg_m_unacked_req <= SobelFilter_And_1Ux1U_1U_4_60_out1;
          end
      end
    
    // resource: SobelFilter_And_1Ux1U_1U_4  instance: SobelFilter_And_1Ux1U_1U_4_60
    assign SobelFilter_And_1Ux1U_1U_4_60_out1 = o_avg_busy & o_avg_vld;
    
    // resource: SobelFilter_Xor_1Ux1U_1U_1  instance: SobelFilter_Xor_1Ux1U_1U_1_1
    assign SobelFilter_Xor_1Ux1U_1U_1_1_out1 = o_avg_m_req_m_trig_req ^ o_avg_m_req_m_prev_trig_req;
    
    // resource: regr_sc_1
    always @(posedge i_clk)
      begin : drive_o_avg_m_req_m_prev_trig_req
        if (i_rst == 1'b0) 
          begin
            o_avg_m_req_m_prev_trig_req <= 1'd0;
          end 
        else 
          begin
            o_avg_m_req_m_prev_trig_req <= o_avg_m_req_m_trig_req;
          end
      end
    
    // resource: SobelFilter_Not_1U_1U_1  instance: SobelFilter_Not_1U_1U_1_3
    assign SobelFilter_Not_1U_1U_1_3_out1 = !o_avg_m_req_m_trig_req;

endmodule